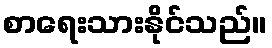
စာရေးသားနိုင်သည်။